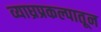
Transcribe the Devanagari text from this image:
व्याघ्रप्रकल्पातून